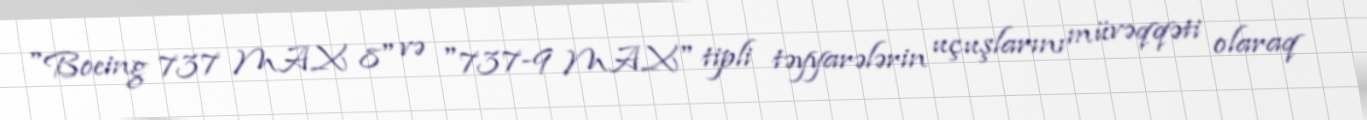
"Boeing 737 MAX 8" və "737-9 MAX" tipli təyyarələrin uçuşlarını müvəqqəti olaraq